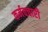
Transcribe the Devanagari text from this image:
कर्मवचारी